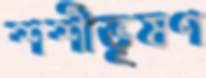
শশীভূষণ